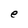
Character: e